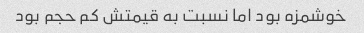
خوشمزه بود اما نسبت به قیمتش کم حجم بود